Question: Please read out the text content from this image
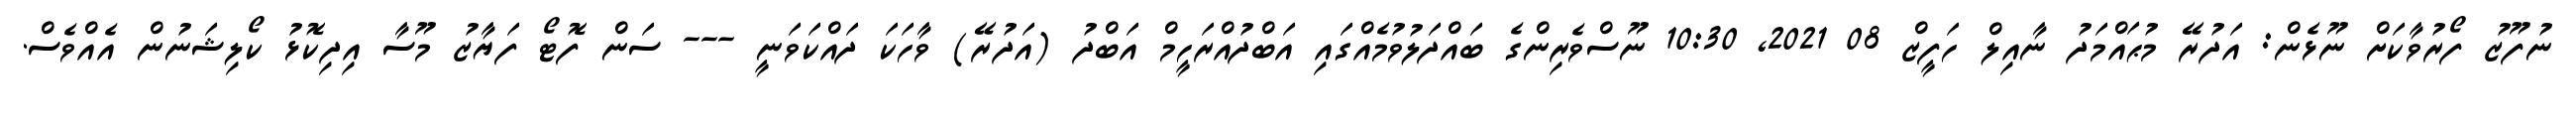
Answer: ނުފޫޒު ފޯރުވާކަށް ނޫޅެން: އަދުރޭ މުޙައްމަދު ނާއިލް ހަފީޒް 08 2021, 10:30 ނޫސްވެރިންގެ ބައްދަލުވުމެއްގައި އަބްދުއްރަހީމް އަބްދު (އަދުރޭ) ވާހަކަ ދައްކަވަނީ --- ސަން ފޮޓޯ ފަޔާޒު މޫސާ އިދިކޮޅު ކޯލިޝަނުން އެއްވެސް.